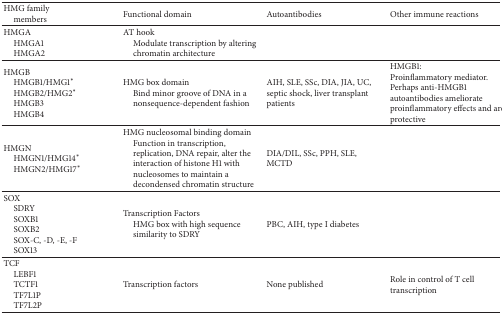
<table><thead><tr><td><b>HMG family members</b></td><td><b>Functional domain</b></td><td><b>Autoantibodies</b></td><td><b>Other immune reactions</b></td></tr></thead><tbody><tr><td>HMGA HMGA1HMGA2</td><td>AT hook Modulate transcription by alteringchromatin architecture</td><td> </td><td> </td></tr><tr><td>HMGB HMGB1/HMG1*HMGB2/HMG2*HMGB3 HMGB4</td><td>HMG box domain Bind minor groove of DNA in anonsequence-dependent fashion</td><td>AIH, SLE, SSc, DIA, JIA, UC, septic shock, liver transplant patients</td><td>HMGB1:Proinflammatory mediator. Perhaps anti-HMGB1 autoantibodies ameliorate proinflammatory effects and are protective</td></tr><tr><td>HMGN HMGN1/HMG14*HMGN2/HMG17*</td><td>HMG nucleosomal binding domain Function in transcription,replication, DNA repair, alter theinteraction of histone H1 withnucleosomes to maintain adecondensed chromatin structure</td><td>DIA/DIL, SSc, PPH, SLE, MCTD</td><td> </td></tr><tr><td>SOXSDRY SOXB1 SOXB2 SOX-C, -D, -E, -F SOX13</td><td>Transcription Factors HMG box with high sequencesimilarity to SDRY</td><td>PBC, AIH, type I diabetes</td><td> </td></tr><tr><td>TCF LEBF1 TCTF1 TF7L1P TF7L2P</td><td>Transcription factors</td><td>None published</td><td>Role in control of T cell transcription</td></tr></tbody></table>